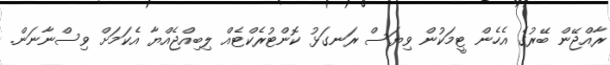
ރާއްޖޭން ބޭރުގެ އެހެން ޓީމަކުން ވިޔަސް ރަނގަޅު ކޮންޓުރެކްޓެއް ލިބިއްޖެއްޔާ އެކަމަށް ވިސްނާނަން.